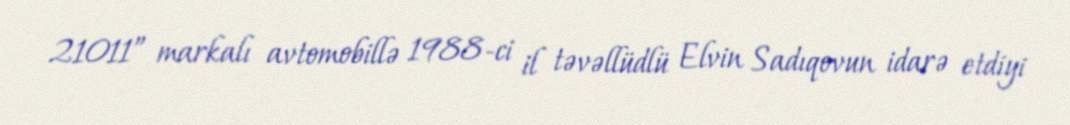
21011” markalı avtomobillə 1988-ci il təvəllüdlü Elvin Sadıqovun idarə etdiyi